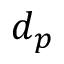
d _ { p }